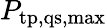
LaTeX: P_{\mathrm{tp,qs,max}}